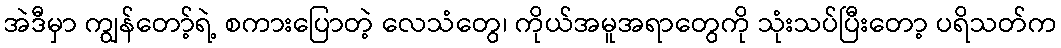
အဲဒီမှာ ကျွန်တော့်ရဲ့ စကားပြောတဲ့ လေသံတွေ၊ ကိုယ်အမူအရာတွေကို သုံးသပ်ပြီးတော့ ပရိသတ်က